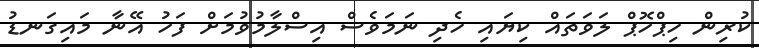
ކުރިން ހިޕްހޮޕް ލަވަތައް ކިޔައި ހެދި ނަމަވެސް އިސްލާމުވުމަށް ފަހު އޭނާ މައިގަނޑު